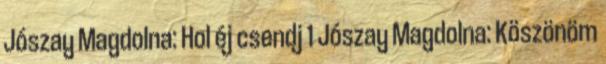
Jószay Magdolna: Hol éj csendj 1 Jószay Magdolna: Köszönöm